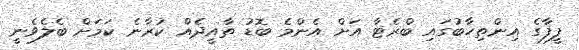
ފީފާގެ އިންތިހާބުގައި ބްރެޓާ އަށް އެންމެ ބޮޑު ތާއީދެއް ކުރާނެ ކަމަށް ބެލެވެނީ